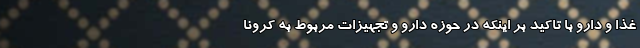
غذا و دارو با تاکید بر اینکه در حوزه دارو و تجهیزات مربوط به کرونا